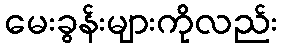
မေးခွန်းများကိုလည်း